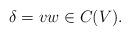
LaTeX: \begin{align*}\delta = vw\in C(V).\end{align*}